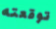
توقعته